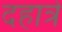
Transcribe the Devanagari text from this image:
दहात्रे